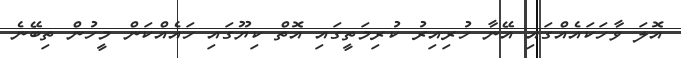
އޮލަ ވާހަކައެއްގައި އޭނާ ހުރިއިރު ކުރިމަތީގައި އޮތް ކިޔޫގައި ހައެއްކަން މީހުން ތިބޭނެ